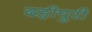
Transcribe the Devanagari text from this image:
दहीपुरी